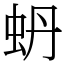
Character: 蚒